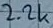
Text: 2.2K